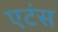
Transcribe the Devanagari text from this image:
एटंस